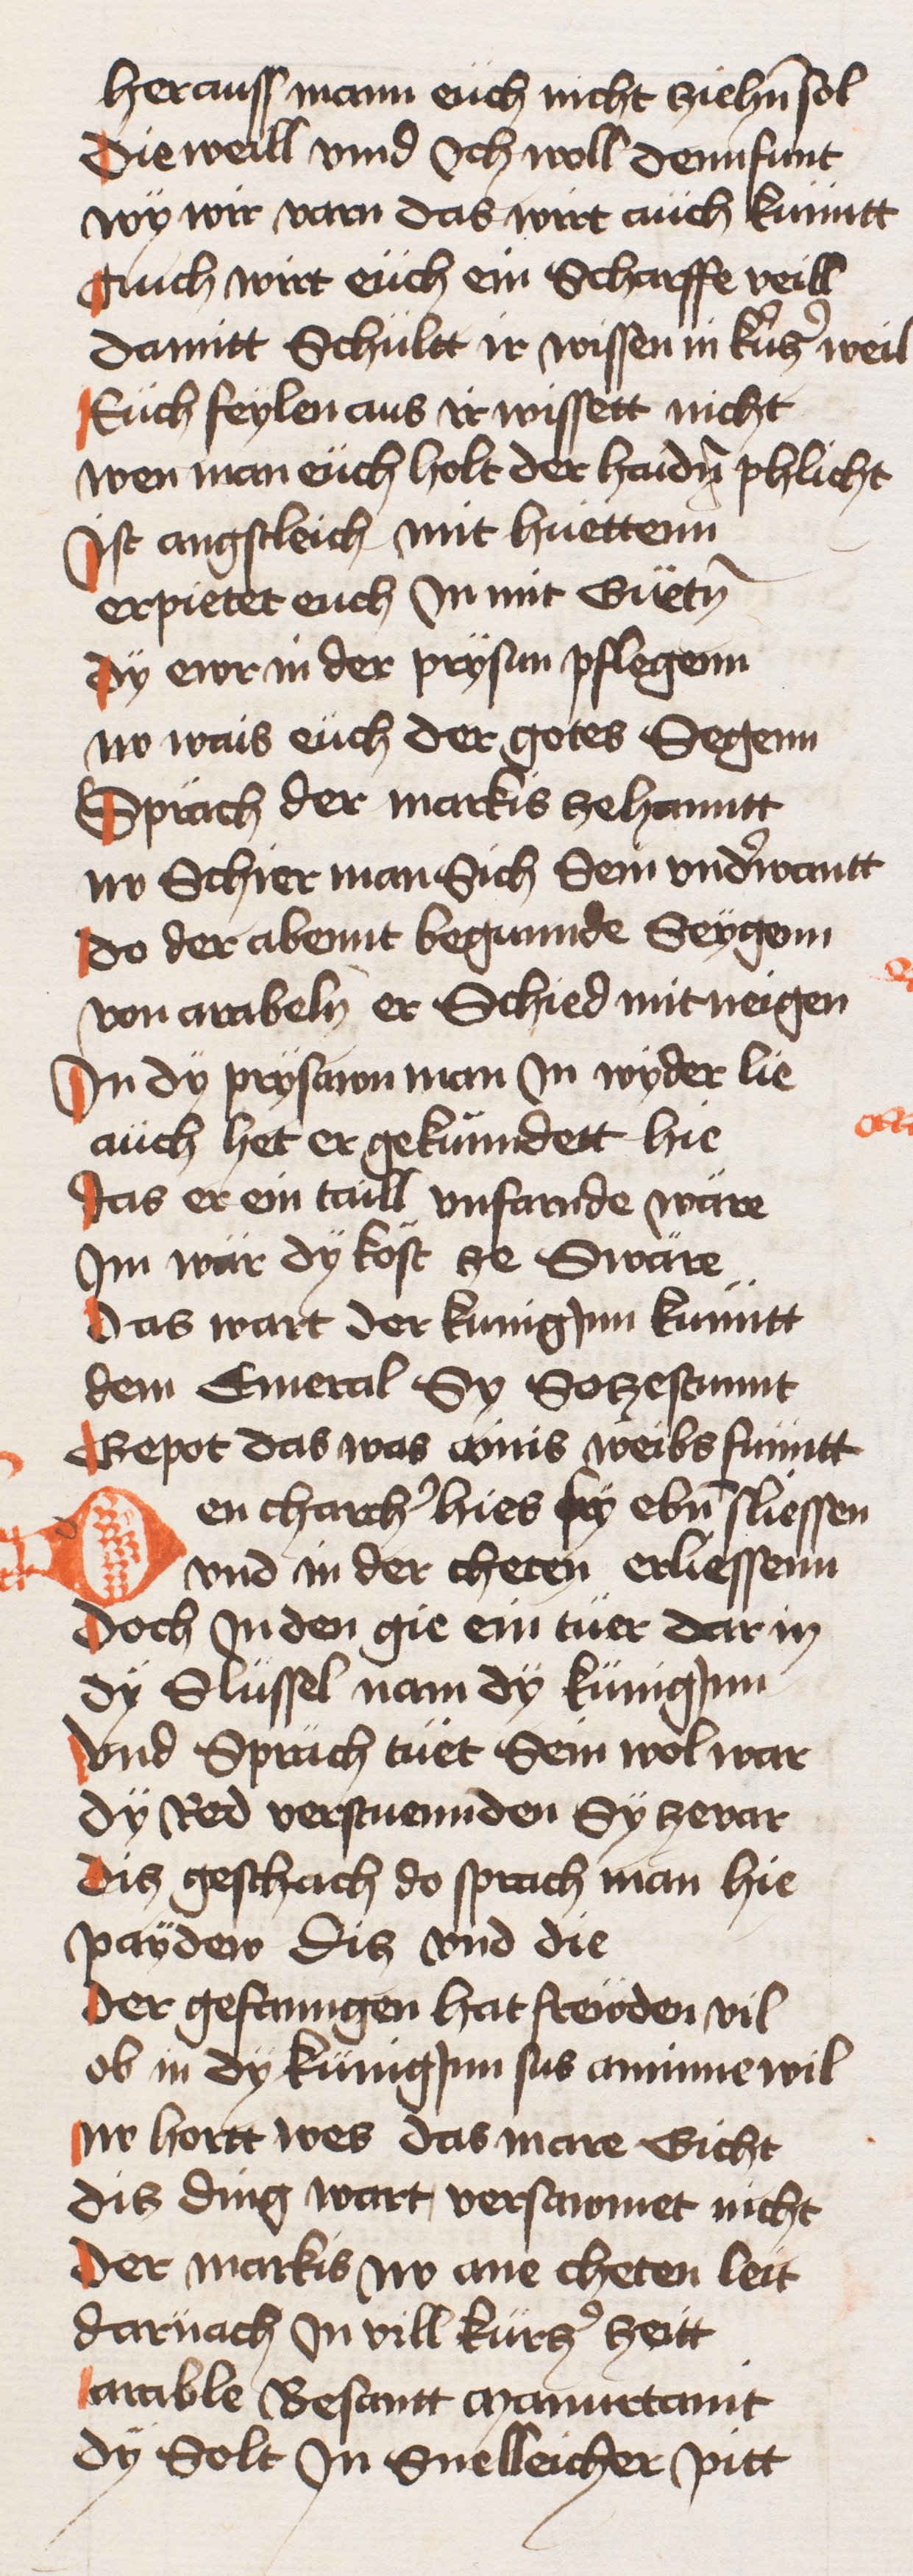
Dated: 1433–1466